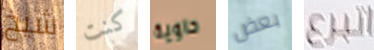
شيخ كنت حاوية بعض اتبرع